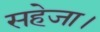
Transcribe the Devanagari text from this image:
सहेजा।